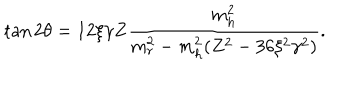
LaTeX: \tan 2 \theta = 1 2 \xi \gamma Z \frac { m _ { h } ^ { 2 } } { m _ { r } ^ { 2 } - m _ { h } ^ { 2 } ( Z ^ { 2 } - 3 6 \xi ^ { 2 } \gamma ^ { 2 } ) } .